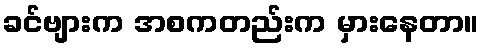
ခင်ဗျားက အစကတည်းက မှားနေတာ။